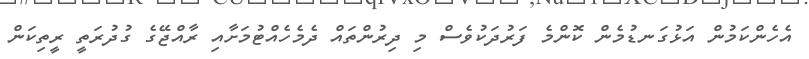
އެހެންކަމުން އަޅުގަނޑުމެން ކޮންމެ ފަރުދަކުވެސް މި ދިރުންތައް ދެމެހެއްޓުމަށާއި ރާއްޖޭގެ ގުދުރަތީ ރީތިކަން